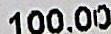
100.00